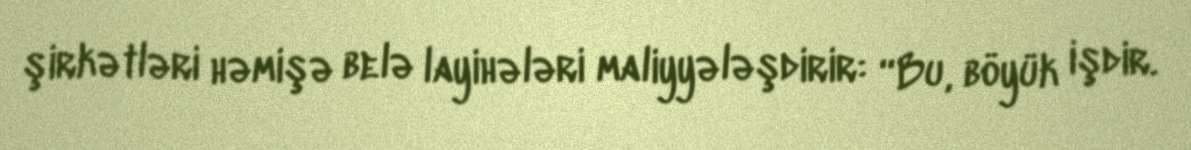
şirkətləri həmişə belə layihələri maliyyələşdirir: “Bu, böyük işdir.